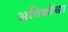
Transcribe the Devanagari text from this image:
अतिथींचा